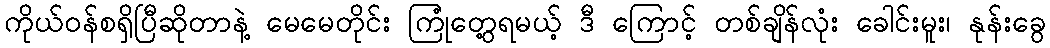
ကိုယ်ဝန်စရှိပြီဆိုတာနဲ့ မေမေတိုင်း ကြုံတွေ့ရမယ့် ဒီ ကြောင့် တစ်ချိန်လုံး ခေါင်းမူး၊ နုန်းခွေ